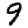
Digit: 9